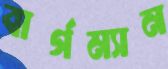
বার্গম্যান